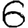
Digit: 6